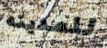
للمدينه